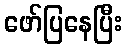
ဖော်ပြနေပြီး